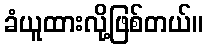
ခံယူထားလို့ဖြစ်တယ်။